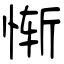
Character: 惭